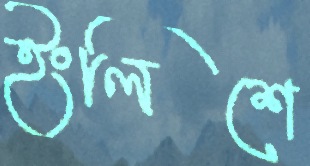
ইংলিশে